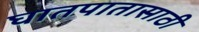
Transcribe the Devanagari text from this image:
घातपातासाठी